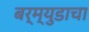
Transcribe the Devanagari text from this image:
बर्म्युडाचा